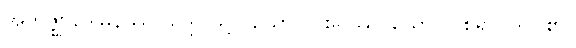
အဘိဇ္ဈာဒေါမနဿ သဒ္ဒါ ဖြင့်။ ယောဂါဝစရဿ၊ ယောဂါဝစရ ပုဂ္ဂိုလ်၏။